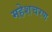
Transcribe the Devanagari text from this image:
महेशचरण